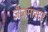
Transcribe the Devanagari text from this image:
जैजमास्टर